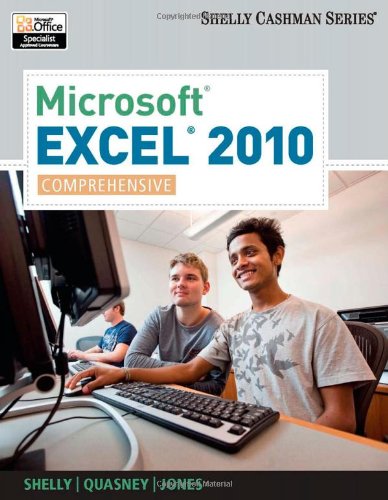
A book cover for Microsoft Excel 2010: Comprehensive (SAM 2010 Compatible Products); Gary B. Shelly; Computers & Technology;